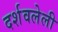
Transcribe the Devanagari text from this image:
दर्शवलेली